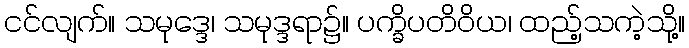
ငင်လျက်။ သမုဒ္ဒေ၊ သမုဒ္ဒရာ၌။ ပက္ခိပတိဝိယ၊ ထည့်သကဲ့သို့။